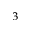
^ 3